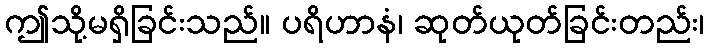
ဤသို့မရှိခြင်းသည်။ ပရိဟာနံ၊ ဆုတ်ယုတ်ခြင်းတည်း၊